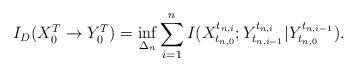
LaTeX: \begin{align*} I_D(X_0^T \to Y_0^T) = \inf_{\Delta_n} \sum_{i=1}^n I(X_{t_{n, 0}}^{t_{n, i}}; Y_{t_{n, i-1}}^{t_{n, i}}|Y_{t_{n, 0}}^{t_{n, i-1}}).\end{align*}